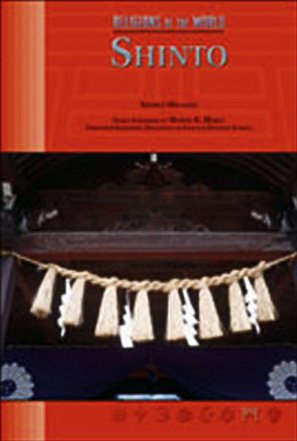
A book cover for Shinto (Rel O/T Wld) (Religions of the World (Chelsea House Hardcover)); George Williams; Religion & Spirituality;